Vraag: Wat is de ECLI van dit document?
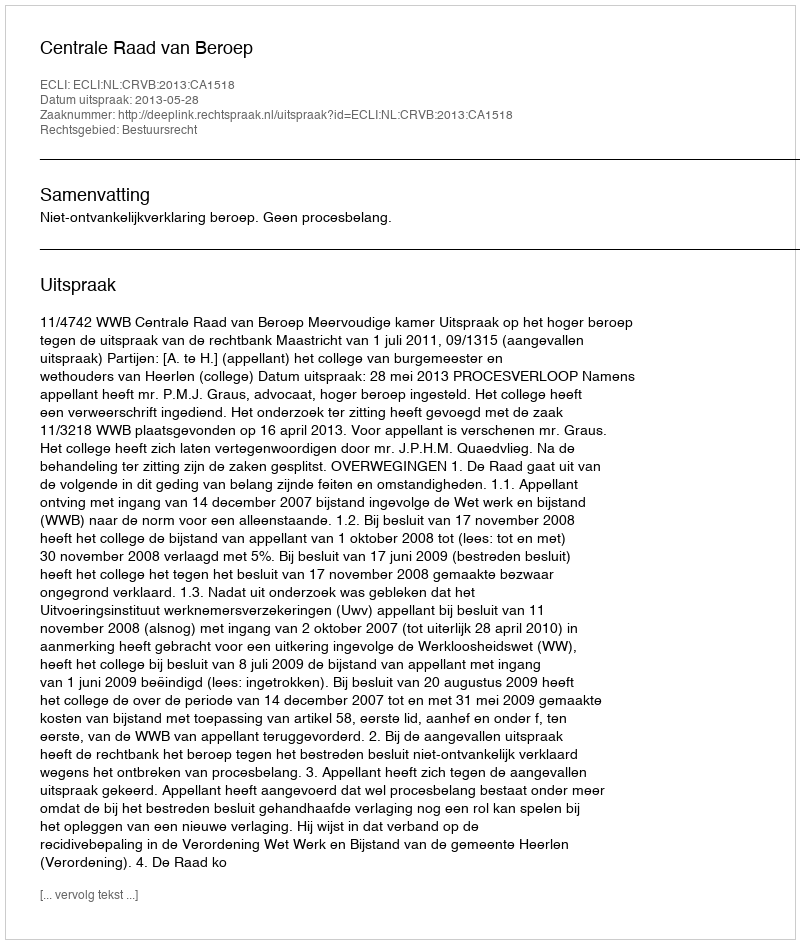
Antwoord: ECLI:NL:CRVB:2013:CA1518